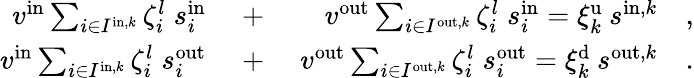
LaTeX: \begin{array}{rlr}{v^{\mathrm{in}}\sum_{i\in I^{\mathrm{in},k}}\zeta_{i}^{l}\; s_{i}^{\mathrm{in}}\; }&{+}&{\; v^{\mathrm{out}}\sum_{i\in I^{\mathrm{out},k}}\zeta_{i}^{l}\; s_{i}^{\mathrm{in}}=\xi_{k}^{\mathrm{u}}\: s^{\mathrm{in},k}\quad,}\\ {v^{\mathrm{in}}\sum_{i\in I^{\mathrm{in},k}}\zeta_{i}^{l}\; s_{i}^{\mathrm{out}}\; }&{+}&{\; v^{\mathrm{out}}\sum_{i\in I^{\mathrm{out},k}}\zeta_{i}^{l}\; s_{i}^{\mathrm{out}}=\xi_{k}^{\mathrm{d}}\: s^{\mathrm{out},k}\quad.}\end{array}